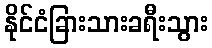
နိုင်ငံခြားသားခရီးသွား